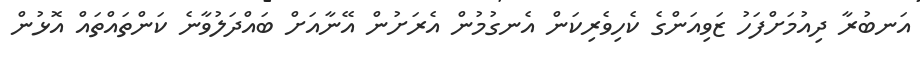
އަނބުރާ ދިއުމަށްފަހު ޒަވިއަންގެ ކެހިވެރިކަން އެނގުމުން އެރަށުން އޭނާއަށް ބައްދަލުވާނެ ކަންތައްތައް އޮޅުން